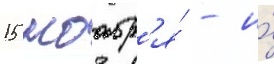
15 ноабр'я́ - и́